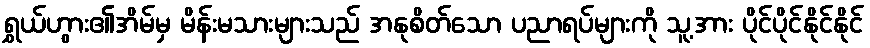
ရွှယ်ဟွား၏အိမ်မှ မိန်းမသားများသည် အနုစိတ်သော ပညာရပ်များကို သူ့အား ပိုင်ပိုင်နိုင်နိုင်